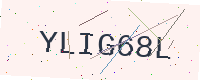
Text: YLIG68L